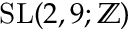
\operatorname { S L } ( 2 , 9 ; \mathbb { Z } )